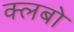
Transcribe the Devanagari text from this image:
क्लबो